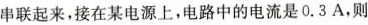
串联起来，接在某电源上，电路中的电流是0.3A，则